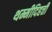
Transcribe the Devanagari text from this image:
थम्मीदिहत्ती